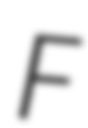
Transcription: F